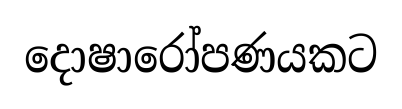
දොෂාරෝපණයකට